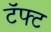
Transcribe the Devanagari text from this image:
टॅफ्ट